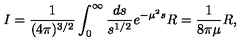
I = \frac { 1 } { ( 4 \pi ) ^ { 3 / 2 } } \int _ { 0 } ^ { \infty } \frac { d s } { s ^ { 1 / 2 } } e ^ { - \mu ^ { 2 } s } R = \frac { 1 } { 8 \pi \mu } R ,